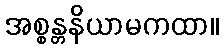
အစ္စန္တနိယာမကထာ။